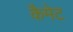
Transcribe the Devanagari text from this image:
कैमेट